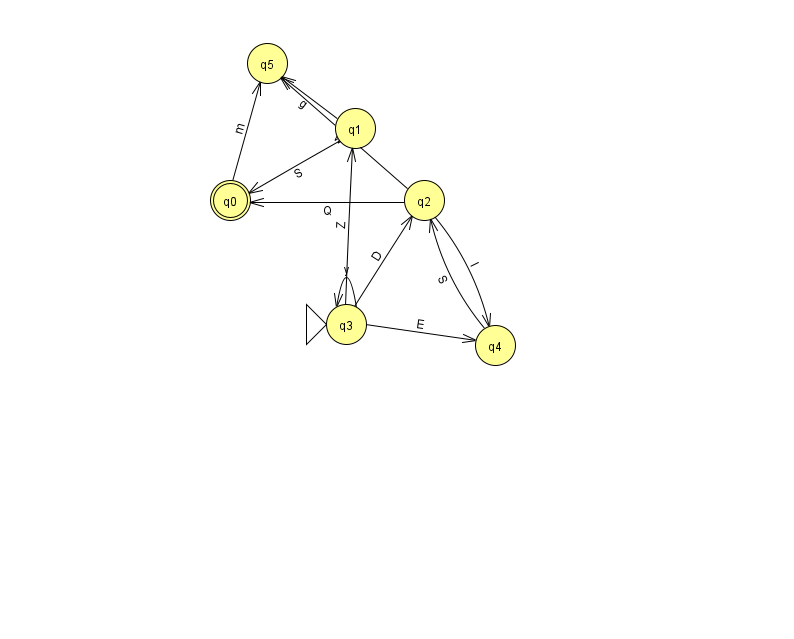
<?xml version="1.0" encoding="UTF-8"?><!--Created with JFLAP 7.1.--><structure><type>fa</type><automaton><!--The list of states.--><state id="0" name="q0"><x>230.0</x><y>187.0</y><final/></state><state id="1" name="q1"><x>355.0</x><y>115.0</y></state><state id="2" name="q2"><x>424.0</x><y>187.0</y></state><state id="3" name="q3"><x>346.0</x><y>311.0</y><initial/></state><state id="4" name="q4"><x>495.0</x><y>332.0</y></state><state id="5" name="q5"><x>267.0</x><y>50.0</y></state><!--The list of transitions.--><transition><from>0</from><to>5</to><read>m</read></transition><transition><from>2</from><to>5</to><read>w</read></transition><transition><from>2</from><to>4</to><read>l</read></transition><transition><from>3</from><to>2</to><read>D</read></transition><transition><from>1</from><to>5</to><read>g</read></transition><transition><from>3</from><to>3</to><read>y</read></transition><transition><from>2</from><to>0</to><read>Q</read></transition><transition><from>4</from><to>2</to><read>S</read></transition><transition><from>1</from><to>0</to><read>S</read></transition><transition><from>3</from><to>4</to><read>E</read></transition><transition><from>3</from><to>1</to><read>Z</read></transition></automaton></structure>